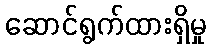
ဆောင်ရွက်ထားရှိမှု